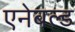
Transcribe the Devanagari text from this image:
एनेबल्‍ड